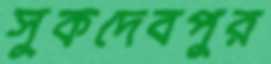
সুকদেবপুর